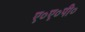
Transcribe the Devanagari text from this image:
ए०ए०पी०